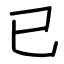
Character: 已